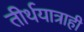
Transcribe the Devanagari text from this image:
तीर्थयात्राही